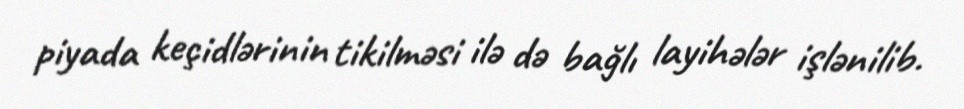
piyada keçidlərinin tikilməsi ilə də bağlı layihələr işlənilib.